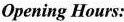
Opening Hours: